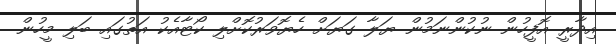
އިދާރީ އޮފީހުން ނުކުންނަމުން ޔަލާ ގަޔަށް ހެޔޮވަރުކޮށްލި ކޯޓާއެކު އަތުގައި ބަލި މީހުން